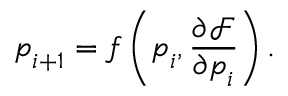
\boldsymbol { p } _ { i + 1 } = f \left( \boldsymbol { p } _ { i } , \frac { \partial \mathcal { F } } { \partial \boldsymbol { p } _ { i } } \right) .